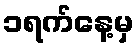
၁ရက်နေ့မှ